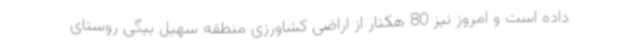
داده است و امروز نیز 80 هکتار از اراضی کشاورزی منطقه سهیل بیگی روستای